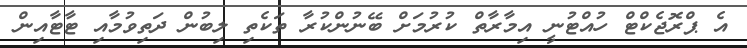
އެ ޕްރޮޖެކްޓް ހުއްޓުނީ އިމާރާތް ކުރުމަށް ބޭނުންކުރާ ތަކެތި ލިބުން ދަތިވުމާއި ޓާޓާއިން